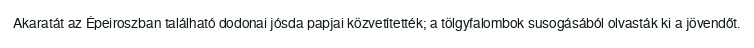
Akaratát az Épeiroszban található dodonai jósda papjai közvetítették; a tölgyfalombok susogásából olvasták ki a jövendőt.